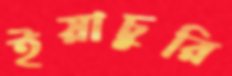
ইয়াচুরি